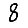
Digit: 8